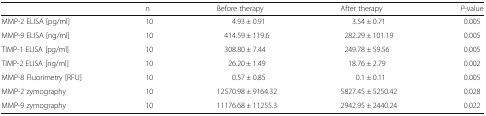
<table><thead><tr><td></td><td><b>n</b></td><td><b>Before therapy</b></td><td><b>After therapy</b></td><td><b><i>P</i>-value</b></td></tr></thead><tbody><tr><td>MMP-2 ELISA [pg/ml]</td><td>10</td><td>4.93 ± 0.91</td><td>3.54 ± 0.71</td><td>0.005</td></tr><tr><td>MMP-9 ELISA [ng/ml]</td><td>10</td><td>414.59 ± 119.6</td><td>282.29 ± 101.19</td><td>0.005</td></tr><tr><td>TIMP-1 ELISA [pg/ml]</td><td>10</td><td>308.80 ± 7.44</td><td>249.78 ± 59.56</td><td>0.005</td></tr><tr><td>TIMP-2 ELISA [ng/ml]</td><td>10</td><td>26.20 ± 1.49</td><td>18.76 ± 2.79</td><td>0.002</td></tr><tr><td>MMP-8 Fluorimetry [RFU]</td><td>10</td><td>0.57 ± 0.85</td><td>0.1 ± 0.11</td><td>0.005</td></tr><tr><td>MMP-2 zymography</td><td>10</td><td>12570.98 ± 9164.32</td><td>5827.45 ± 5250.42</td><td>0.028</td></tr><tr><td>MMP-9 zymography</td><td>10</td><td>11176.68 ± 11255.3</td><td>2942.95 ± 2440.24</td><td>0.022</td></tr></tbody></table>